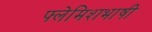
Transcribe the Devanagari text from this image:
फ्लेमिशभाषी